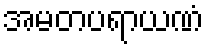
အမတပရာယဏံ